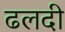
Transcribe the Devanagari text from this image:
ढलदी